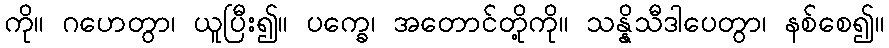
ကို။ ဂဟေတွာ၊ ယူပြီး၍။ ပက္ခေ၊ အတောင်တို့ကို။ သန္နိသီဒါပေတွာ၊ နစ်စေ၍။